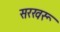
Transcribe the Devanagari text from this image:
सरखरू